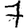
Digit: 7